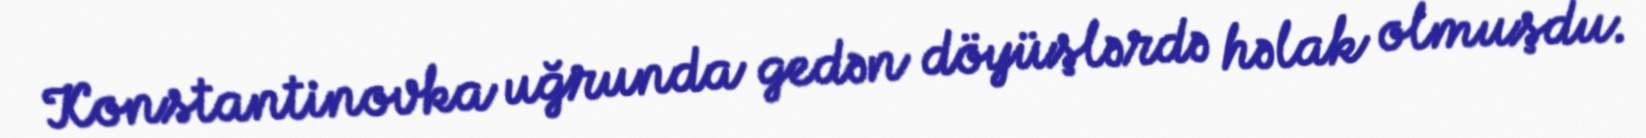
Konstantinovka uğrunda gedən döyüşlərdə həlak olmuşdu.